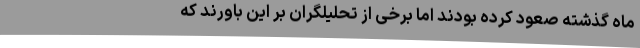
ماه گذشته صعود کرده بودند اما برخی از تحلیلگران بر این باورند که